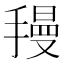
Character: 𫽺